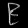
Digit: ၉